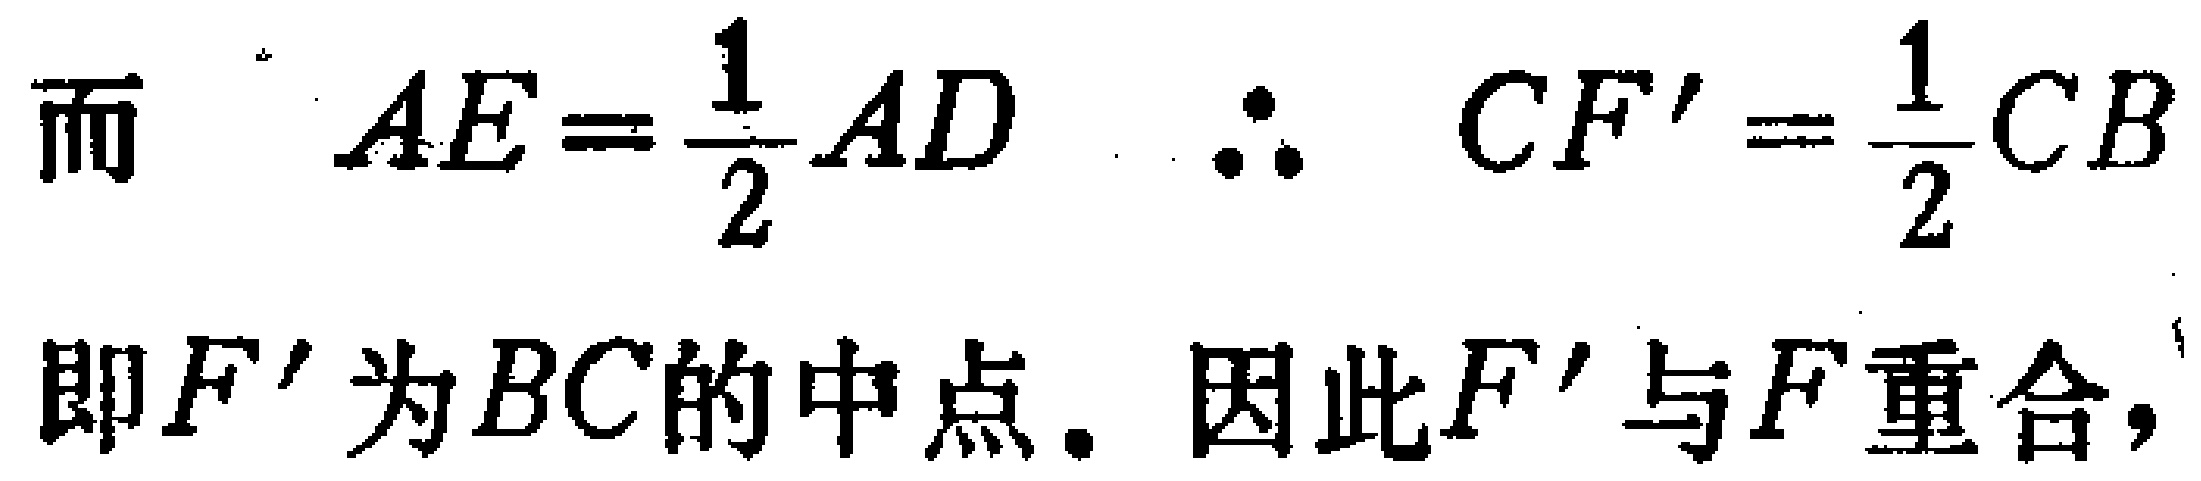
而 \(AE = \frac{1}{2}AD\)  \(\therefore\) \(CF'=\frac{1}{2}CB\)
即 \(F'\) 为 \(BC\) 的中点. 因此 \(F'\) 与 \(F\) 重合,